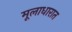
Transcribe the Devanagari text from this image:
मूलाधारात